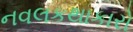
નવલકથાકારો